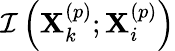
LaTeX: \mathcal{I}\left(\mathbf{X}_{k}^{\left(p\right)};\mathbf{X}_{i}^{\left(p\right)}\right)